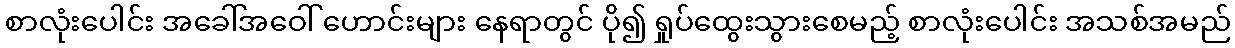
စာလုံးပေါင်း အခေါ်အဝေါ် ဟောင်းများ နေရာတွင် ပို၍ ရှုပ်ထွေးသွားစေမည့် စာလုံးပေါင်း အသစ်အမည်